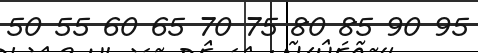
50 55 60 65 70 75 80 85 90 95